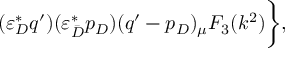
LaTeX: ( \varepsilon _ { D } ^ { * } q ^ { \prime } ) ( \varepsilon _ { \bar { D } } ^ { * } p _ { D } ) ( q ^ { \prime } - p _ { D } ) _ { \mu } F _ { 3 } ( k ^ { 2 } ) \biggl \} ,